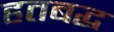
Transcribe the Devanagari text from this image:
हतबद्ध